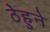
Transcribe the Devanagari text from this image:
ठेहुने